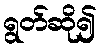
ရွတ်ဆို၍